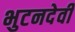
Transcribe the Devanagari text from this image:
भुटनदेवी